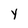
Character: y